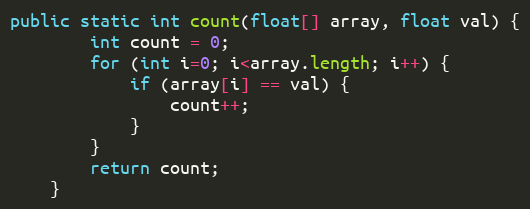
Language: Java
public static int count(float[] array, float val) {
        int count = 0;
        for (int i=0; i<array.length; i++) {
            if (array[i] == val) {
                count++;
            }
        }
        return count;
    }